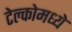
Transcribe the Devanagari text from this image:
टेल्कोमध्ये